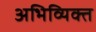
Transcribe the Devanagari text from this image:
अभिव्यिक्त